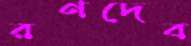
রণদেব